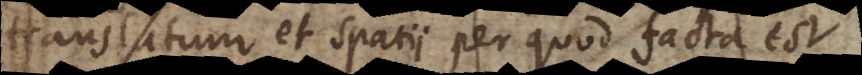
translatum et spatii per quod facta est